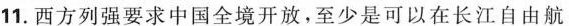
11. 西方列强要求中国全境开放，至少是可以在长江自由航